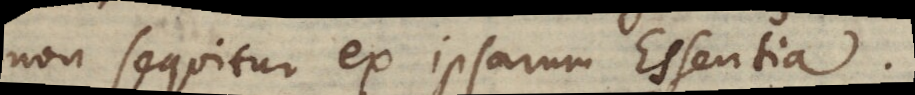
non sequitur ex ipsarum Essentia.